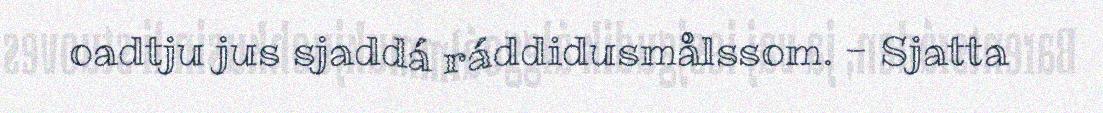
oadtju jus sjaddá ráddidusmålssom. - Sjatta